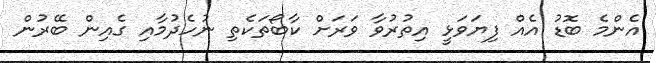
އެންމެ ބޮޑު އެއް ފިޔަވަޅީ އިތުރުވާ ވަރަށް ކާބޯތަކެތި ނުހެދުމާއި ގެއިން ބޭރުން